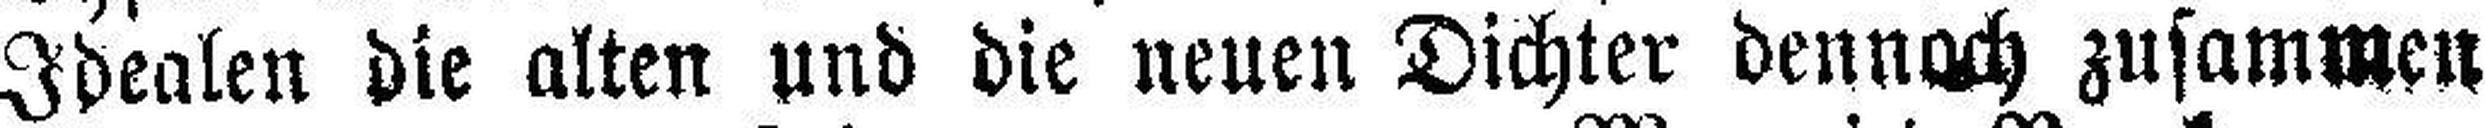
Idealen die alten und die neuen Dichter dennoch zusammen